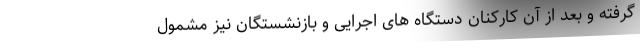
گرفته و بعد از آن کارکنان دستگاه های اجرایی و بازنشستگان نیز مشمول